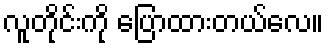
လူတိုင်းကို ပြောထားတယ်လေ။